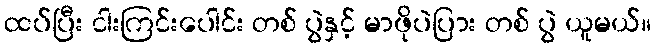
ထပ်ပြီး ငါးကြင်းပေါင်း တစ် ပွဲနှင့် မာဖိုပဲပြား တစ် ပွဲ ယူမယ်။